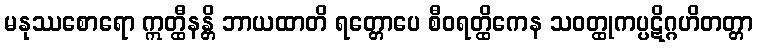
မနုဿစောရော ဣတ္ထီနန္တိ ဘာယထာတိ ရတ္တောပေ စီဝရတ္ထိကေန သဝတ္ထုကပ္ပဋိဂ္ဂဟိတတ္တာ